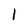
Character: 1